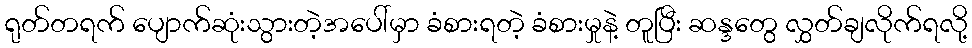
ရုတ်တရက် ပျောက်ဆုံးသွားတဲ့အပေါ်မှာ ခံစားရတဲ့ ခံစားမှုနဲ့ တူပြီး ဆန္ဒတွေ လွှတ်ချလိုက်ရလို့